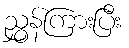
ညွှန်ကြားပြီး